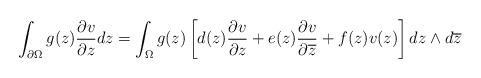
LaTeX: \begin{align*} \int_{\partial \Omega} g(z) \frac{\partial v}{\partial z} dz = \int_{\Omega} g(z) \left[d(z) \frac{\partial v}{\partial z} + e(z) \frac{\partial v}{\partial \overline{z}} + f(z) v(z) \right] dz \wedge d\overline{z}\end{align*}